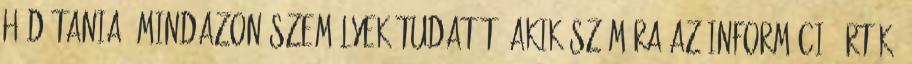
hódítania” mindazon személyek tudatát, akik számára az információ érték.